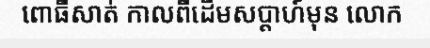
ពោធិ៍សាត់ កាលពីដើមសប្តាហ៍មុន លោក